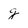
Character: g